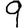
Digit: 9